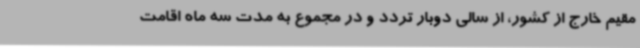
مقیم خارج از کشور، از سالی دوبار تردد و در مجموع به مدت سه ماه اقامت